Civil Veterinary Department. Central Provinces & Berar 1932-41 - 1932-1941
Year: 1932
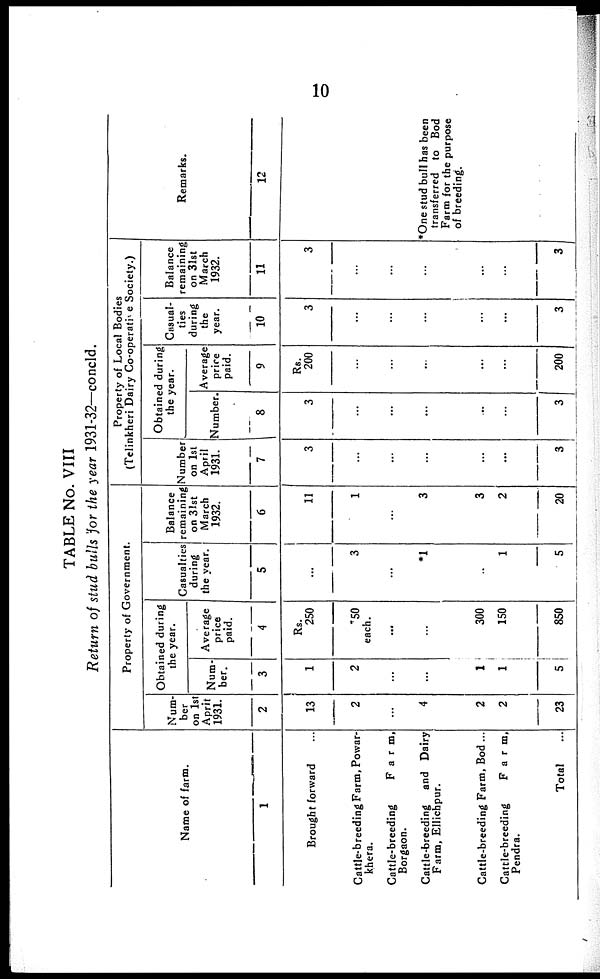
10
TABLE No. VIII
Return of stud bulls for the year 1931-32—concld.
Name of farm.
1
Brought forward ...
Cattle-breeding Farm, Powar¬
khera.
Cattle-breeding
Farm,
Borgaon.
Cattle-breeding and Dairy
Farm, Ellichpur.
Cattle-breeding Farm, Bod ...
Cattle-breeding
Farm,
Pendra.
Total ...
Property of Government.
Num-
ber
on 1st
April
1931.
2
13
2
...
4
2
2
23
Obtained during
the year.
Num-
ber.
3
1
2
...
...
1
1
5
Average
price
paid.
4
Rs.
250
*50
each.
...
...
300
150
850
Casualties
during
the year.
5
...
3
...
*1
...
1
5
Balance
remaining
on 31st
March
1932.
6
11
1
...
3
3
2
20
Property of Local Bodies
(Telinkheri Dairy Co-operative Society.)
Number
on 1st
April
1931.
7
3
...
...
...
...
...
3
Obtained during
the year.
Number.
8
3
...
...
...
...
...
3
Average
price
paid.
9
Rs.
200
...
...
...
...
...
200
Casual-
ties
during
the
year.
10
3
...
...
...
...
...
3
Balance
remaining
on 31st
March
1932.
11
3
...
...
...
...
...
3
Remarks.
12
*One stud bull has been
transferred to Bod
Farm for the purpose
of breeding.